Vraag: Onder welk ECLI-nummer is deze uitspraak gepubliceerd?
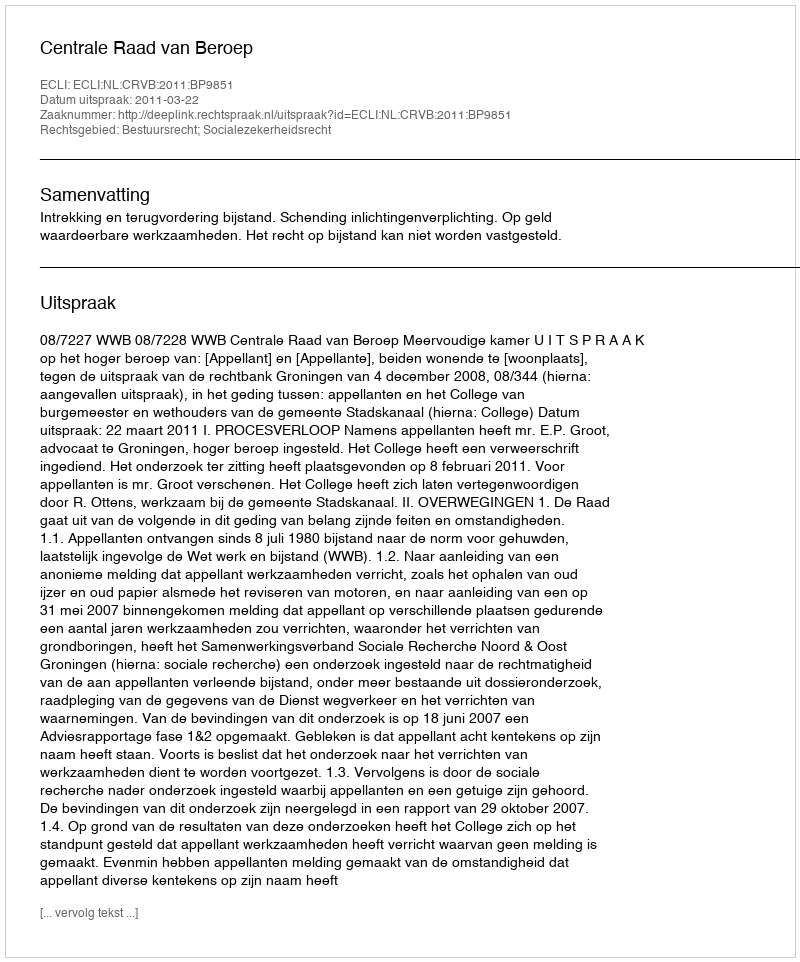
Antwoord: ECLI:NL:CRVB:2011:BP9851